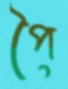
পৈ